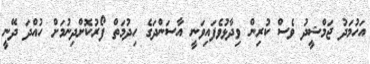
އަހުމަދު ޖަމްޝީދު ވެސް ކުރިން ވިދާޅުވެފައިވަނީ އާސަންދަގެ ހިދުމަތް ފޯރުކޮށްދިނުމަށް ހުއްދަ ދޭނީ